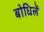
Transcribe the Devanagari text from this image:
बोधिलें